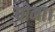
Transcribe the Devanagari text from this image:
धोना।